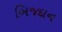
બિજદાન